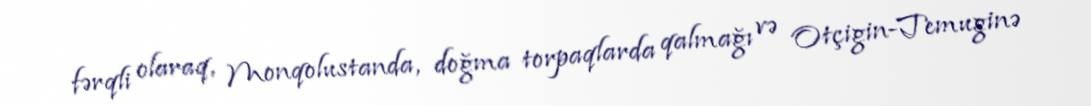
fərqli olaraq, Monqolustanda, doğma torpaqlarda qalmağı və Otçigin-Temuginə